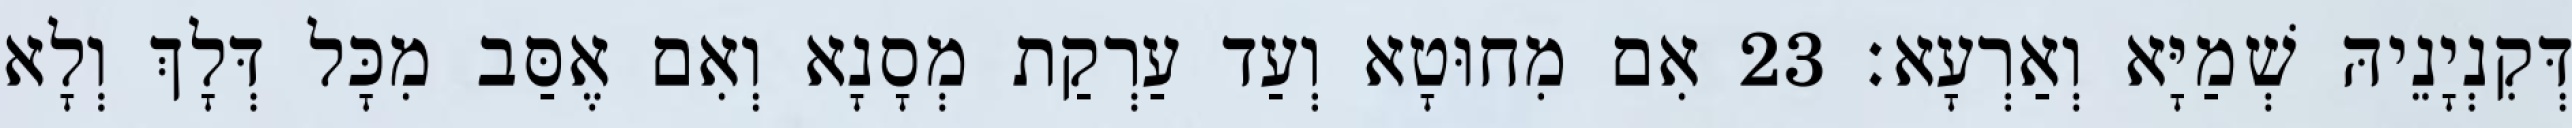
דְּקִנְיָנֵיהּ שְׁמַיָּא וְאַרְעָא׃ 23 אִם מִחוּטָא וְעַד עַרְקַת מְסָנָא וְאִם אֶסַּב מִכָּל דְּלָךְ וְלָא